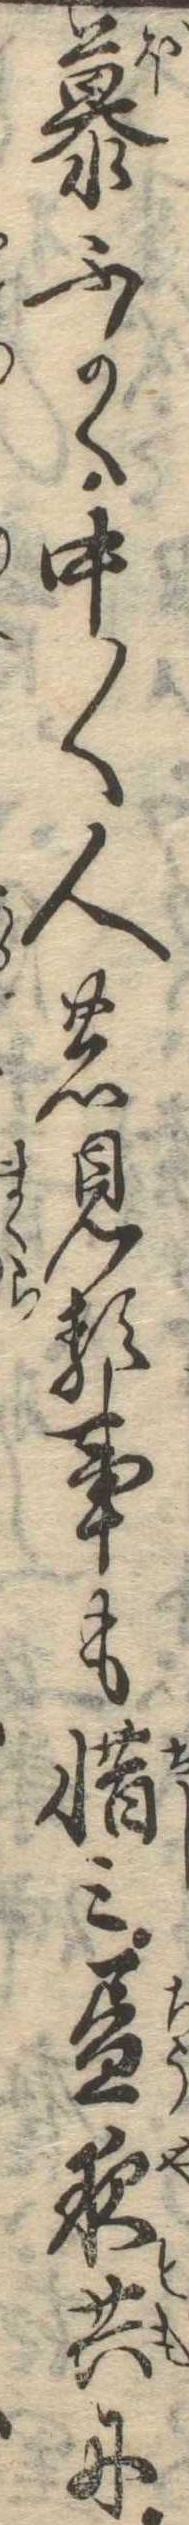
慕ふかく中〱人の見る事も惜み昼夜共に